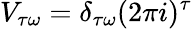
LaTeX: V_{\tau\omega}=\delta_{\tau\omega}(2\pi i)^{\tau}